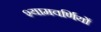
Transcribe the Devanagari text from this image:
श्यामवर्णियों